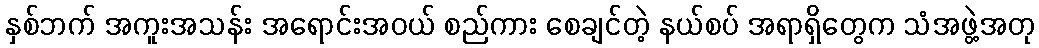
နှစ်ဘက် အကူးအသန်း အရောင်းအဝယ် စည်ကား စေချင်တဲ့ နယ်စပ် အရာရှိတွေက သံအဖွဲ့အတု